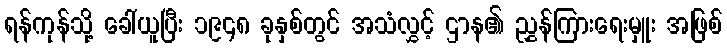
ရန်ကုန်သို့ ခေါ်ယူပြီး ၁၉၄၈ ခုနှစ်တွင် အသံလွှင့် ဌာန၏ ညွှန်ကြားရေးမှူး အဖြစ်